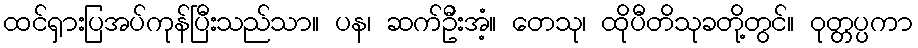
ထင်ရှားပြအပ်ကုန်ပြီးသည်သာ။ ပန၊ ဆက်ဦးအံ့။ တေသု၊ ထိုပီတိသုခတို့တွင်။ ဝုတ္တပ္ပကာ